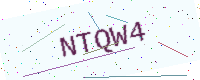
Text: NTQW4